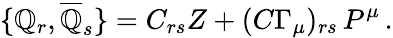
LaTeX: \{ {\cal{\mathbb{Q}}}_{r},\overline{{{{{\cal{\mathbb{Q}}}}}}}_{s}\} =C_{rs}{Z}+(C\Gamma_{\mu})_{rs}\, P^{\mu}\, .